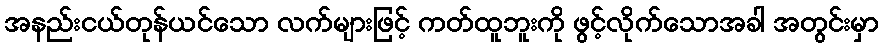
အနည်းငယ်တုန်ယင်သော လက်များဖြင့် ကတ်ထူဘူးကို ဖွင့်လိုက်သောအခါ အတွင်းမှာ